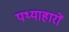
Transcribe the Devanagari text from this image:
पथ्याहारों